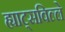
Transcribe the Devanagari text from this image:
ह्याट्सविल्ले